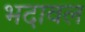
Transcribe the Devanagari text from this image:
भदावल